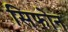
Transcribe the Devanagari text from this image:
सिफोन